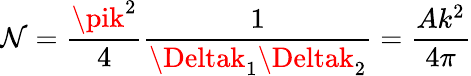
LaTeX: \mathcal{N}=\frac{{\pik^{2}}}{{4}}\frac{{1}}{{\Deltak_{1}\Deltak_{2}}}=\frac{{Ak^{2}}}{{4\pi}}